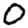
Digit: 0